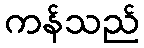
ကန်သည်